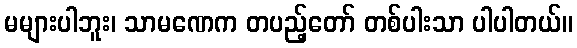
မများပါဘူး၊ သာမဏေက တပည့်တော် တစ်ပါးသာ ပါပါတယ်။